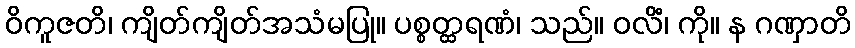
ဝိကူဇတိ၊ ကျိတ်ကျိတ်အသံမပြု။ ပစ္စတ္ထရဏံ၊ သည်။ ဝလိံ၊ ကို။ န ဂဏှာတိ